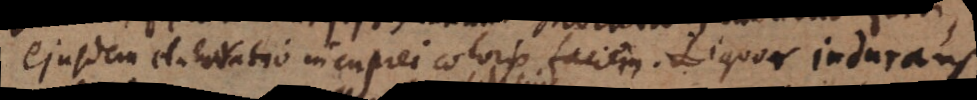
ejusdem elaboratio in cuprei coloris faciem. Liquor indurans